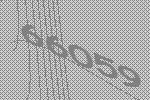
66059